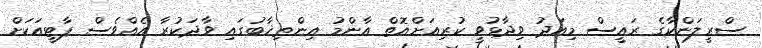
ސްރީލަންކާގެ ރައީސް މިއަދު ވިދާޅުވީ ކުރިއަށްއޮތް އާންމު އިންތިޚާބުގައި ވާދަކުރާ އެއްވެސް ޕާޓީއަކަށް